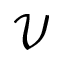
\mathcal { V }